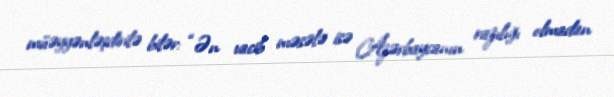
müəyyənləşdirilə bilər: “Ən vacib məsələ isə Azərbaycanın razılığı olmadan